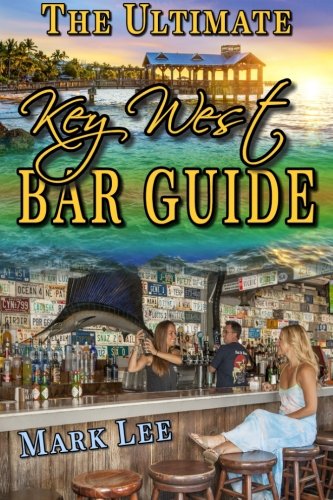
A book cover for The Ultimate Key West Bar Guide (The Ultimate Bar Guide Series) (Volume 1); Mark Lee; Travel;